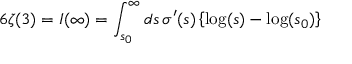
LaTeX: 6 \zeta ( 3 ) = I ( \infty ) = \int _ { s _ { 0 } } ^ { \infty } d s \, \sigma ^ { \prime } ( s ) \left\{ \log ( s ) - \log ( s _ { 0 } ) \right\}